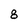
Character: 8